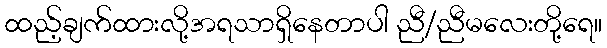
ထည့်ချက်ထားလို့အရသာရှိနေတာပါ ညီ/ညီမလေးတို့ရေ။